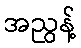
အညွန့်